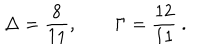
\Delta = \frac { 8 } { 1 1 } , \qquad \Gamma = \frac { 1 2 } { 1 1 } \ .